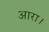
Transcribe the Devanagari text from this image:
आरा।